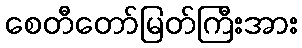
စေတီတော်မြတ်ကြီးအား